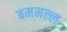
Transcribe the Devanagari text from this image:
बममल्ल